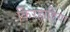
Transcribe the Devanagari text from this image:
किरहाडिया